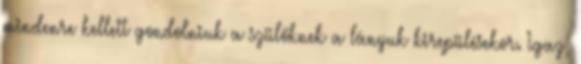
mindenre kellett gondolniuk a szülőknek a lányuk kirepülésekor. Igaz,